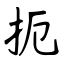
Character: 扼